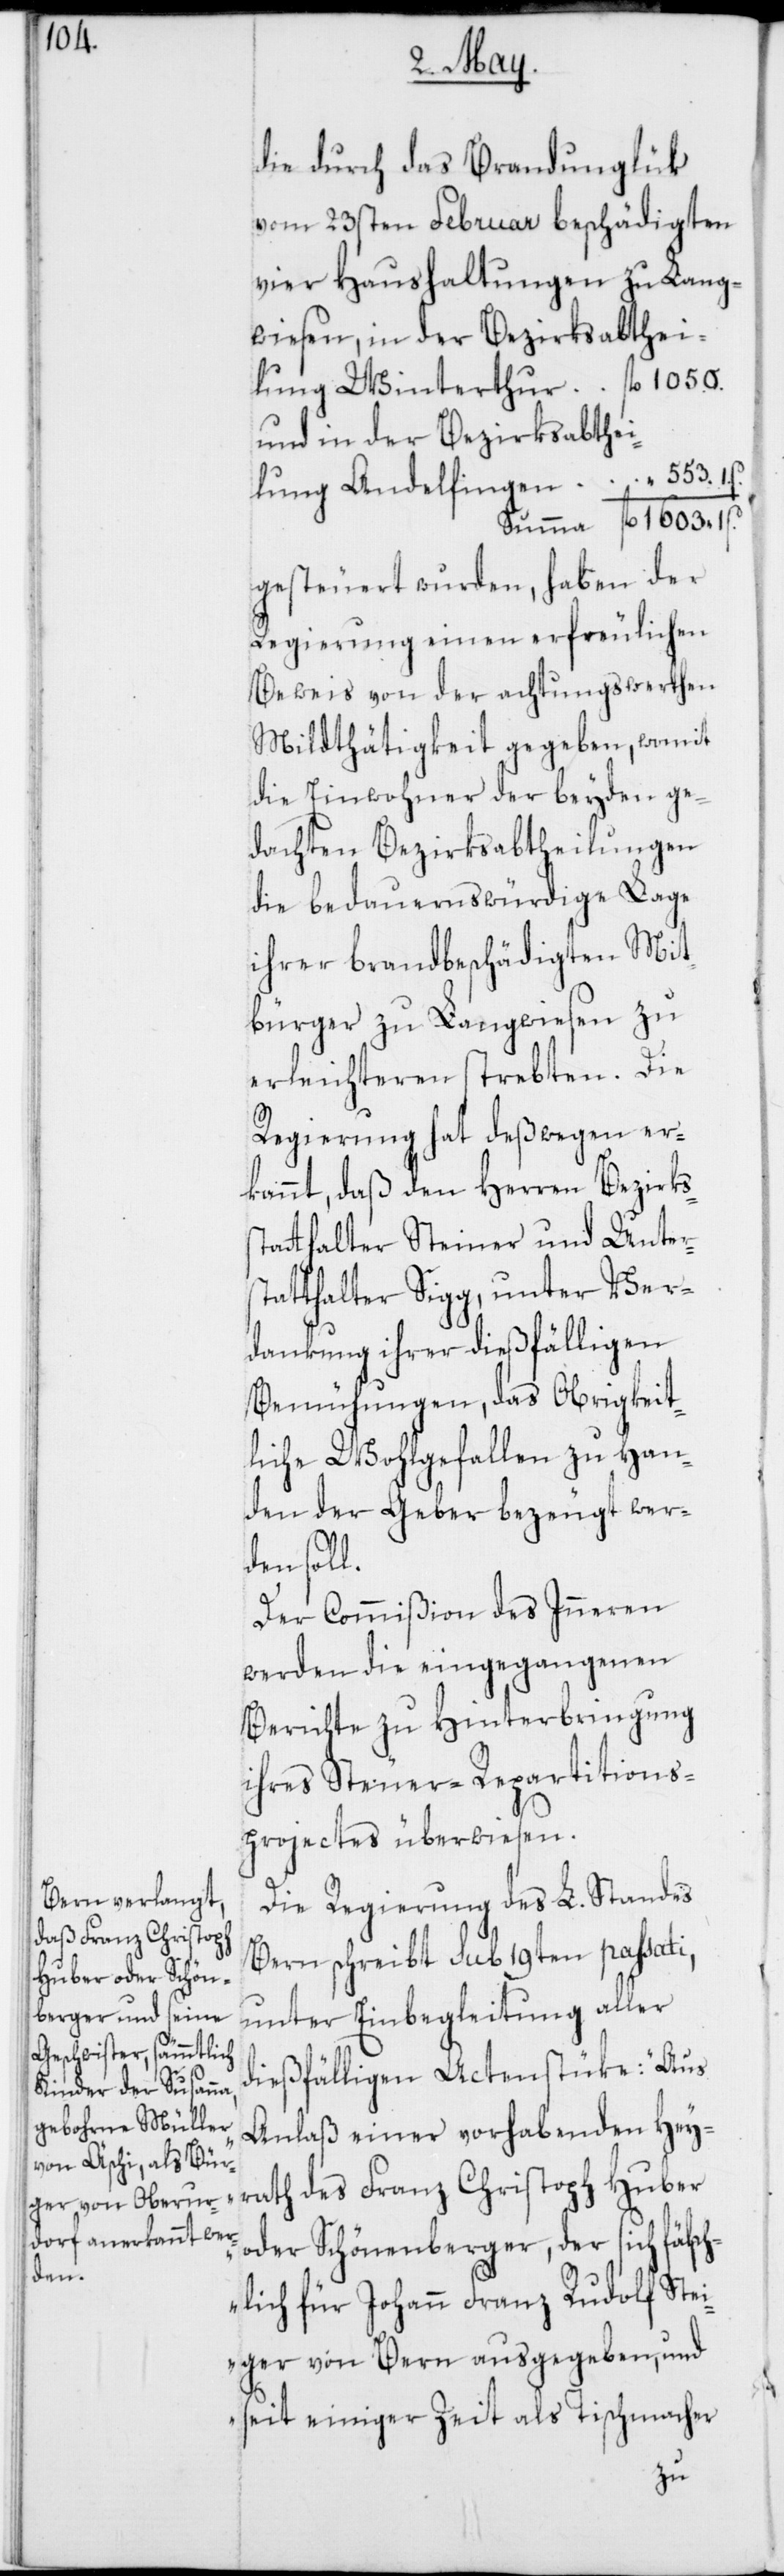
der

fälsc¬
die durch das Brandunglük
vom 23sten Februar beschädigten
vier Haushaltungen zu Lang¬
wiesen, in der Bezirksabthei¬
lung Winterthur	fl. 1050.
und in der Bezirksabthei¬
lung Andelfingen “ 553. 1.
Summa fl. 1603. 1.
gesteuert wurden, haben der
Regierung einen erfreulichen
Beweis von der achtungswerthen
Mildthätigkeit gegeben, womit
die Einwohner der beyden ge¬
dachten Bezirksabtheilungen
die bedauernswürdige Lage
ihrer brandbeschädigten Mit¬
bürger zu Langwiesen zu
erleichteren strebten. Die
Regierung hat deßwegen er¬
kannt, daß den Herren Bezirks¬
statthalter Steiner und Unter¬
statthalter Sigg, unter Ver¬
dankung ihrer dießfälligen
Bemühungen, das Obrigkeit¬
liche Wohlgefallen zu Han¬
den der Geber bezeugt wer¬
den soll.
Der Commißion des Inneren
werden die eingegangenen
Berichte zu Hinterbringung
ihres Steuer-Repartitions¬
projectes überwiesen.
Die Regierung des L. Standes
Bern schreibt sub 19ten passati,
unter Einbegleitung aller
dießfälligen Actenstüke: „Aus
Anlaß einer vorhabenden Hei¬
rath des Franz Christoph Huber
hlich für Johann Franz Rudolf Stei¬
ger von Bern ausgegeben, und
seit einiger Zeit als Tischmacher